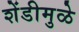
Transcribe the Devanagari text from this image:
शेंडीमुळे